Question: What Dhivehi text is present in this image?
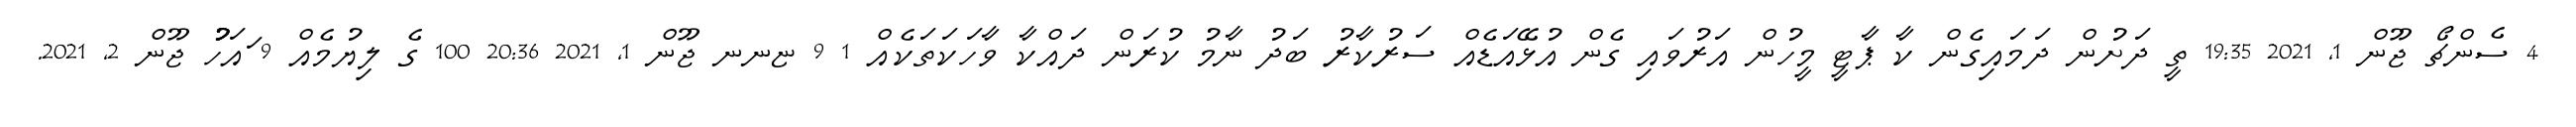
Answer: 4 ސެންޗޯ ޖޫން 1, 2021 19:35 ތީ ދަށުން ދަމައިގެން ކާ ޕާޓީ މީހުން އަރުވައި ގެން އުޅޭއަޑެއް ސަރުކާރު ބަދު ނާމު ކުރަން ދައްކާ ވާހަކަތަކެއް 1 9 ޏނނ ޖޫން 1, 2021 20:36 100 ގެ ލިޔުމެއް 9 ައަހުުު ޖޫން 2, 2021.